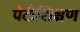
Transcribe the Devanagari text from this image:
पेटीशिक्षण